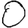
Digit: 0